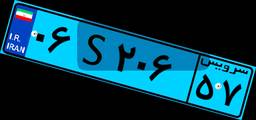
۰۶S۲۰۶۵۷